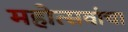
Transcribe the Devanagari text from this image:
महोत्सवांचा